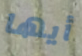
أيها